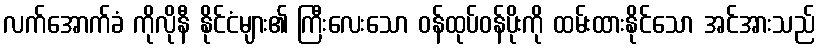
လက်အောက်ခံ ကိုလိုနီ နိုင်ငံများ၏ ကြီးလေးသော ဝန်ထုပ်ဝန်ပိုးကို ထမ်းထားနိုင်သော အင်အားသည်